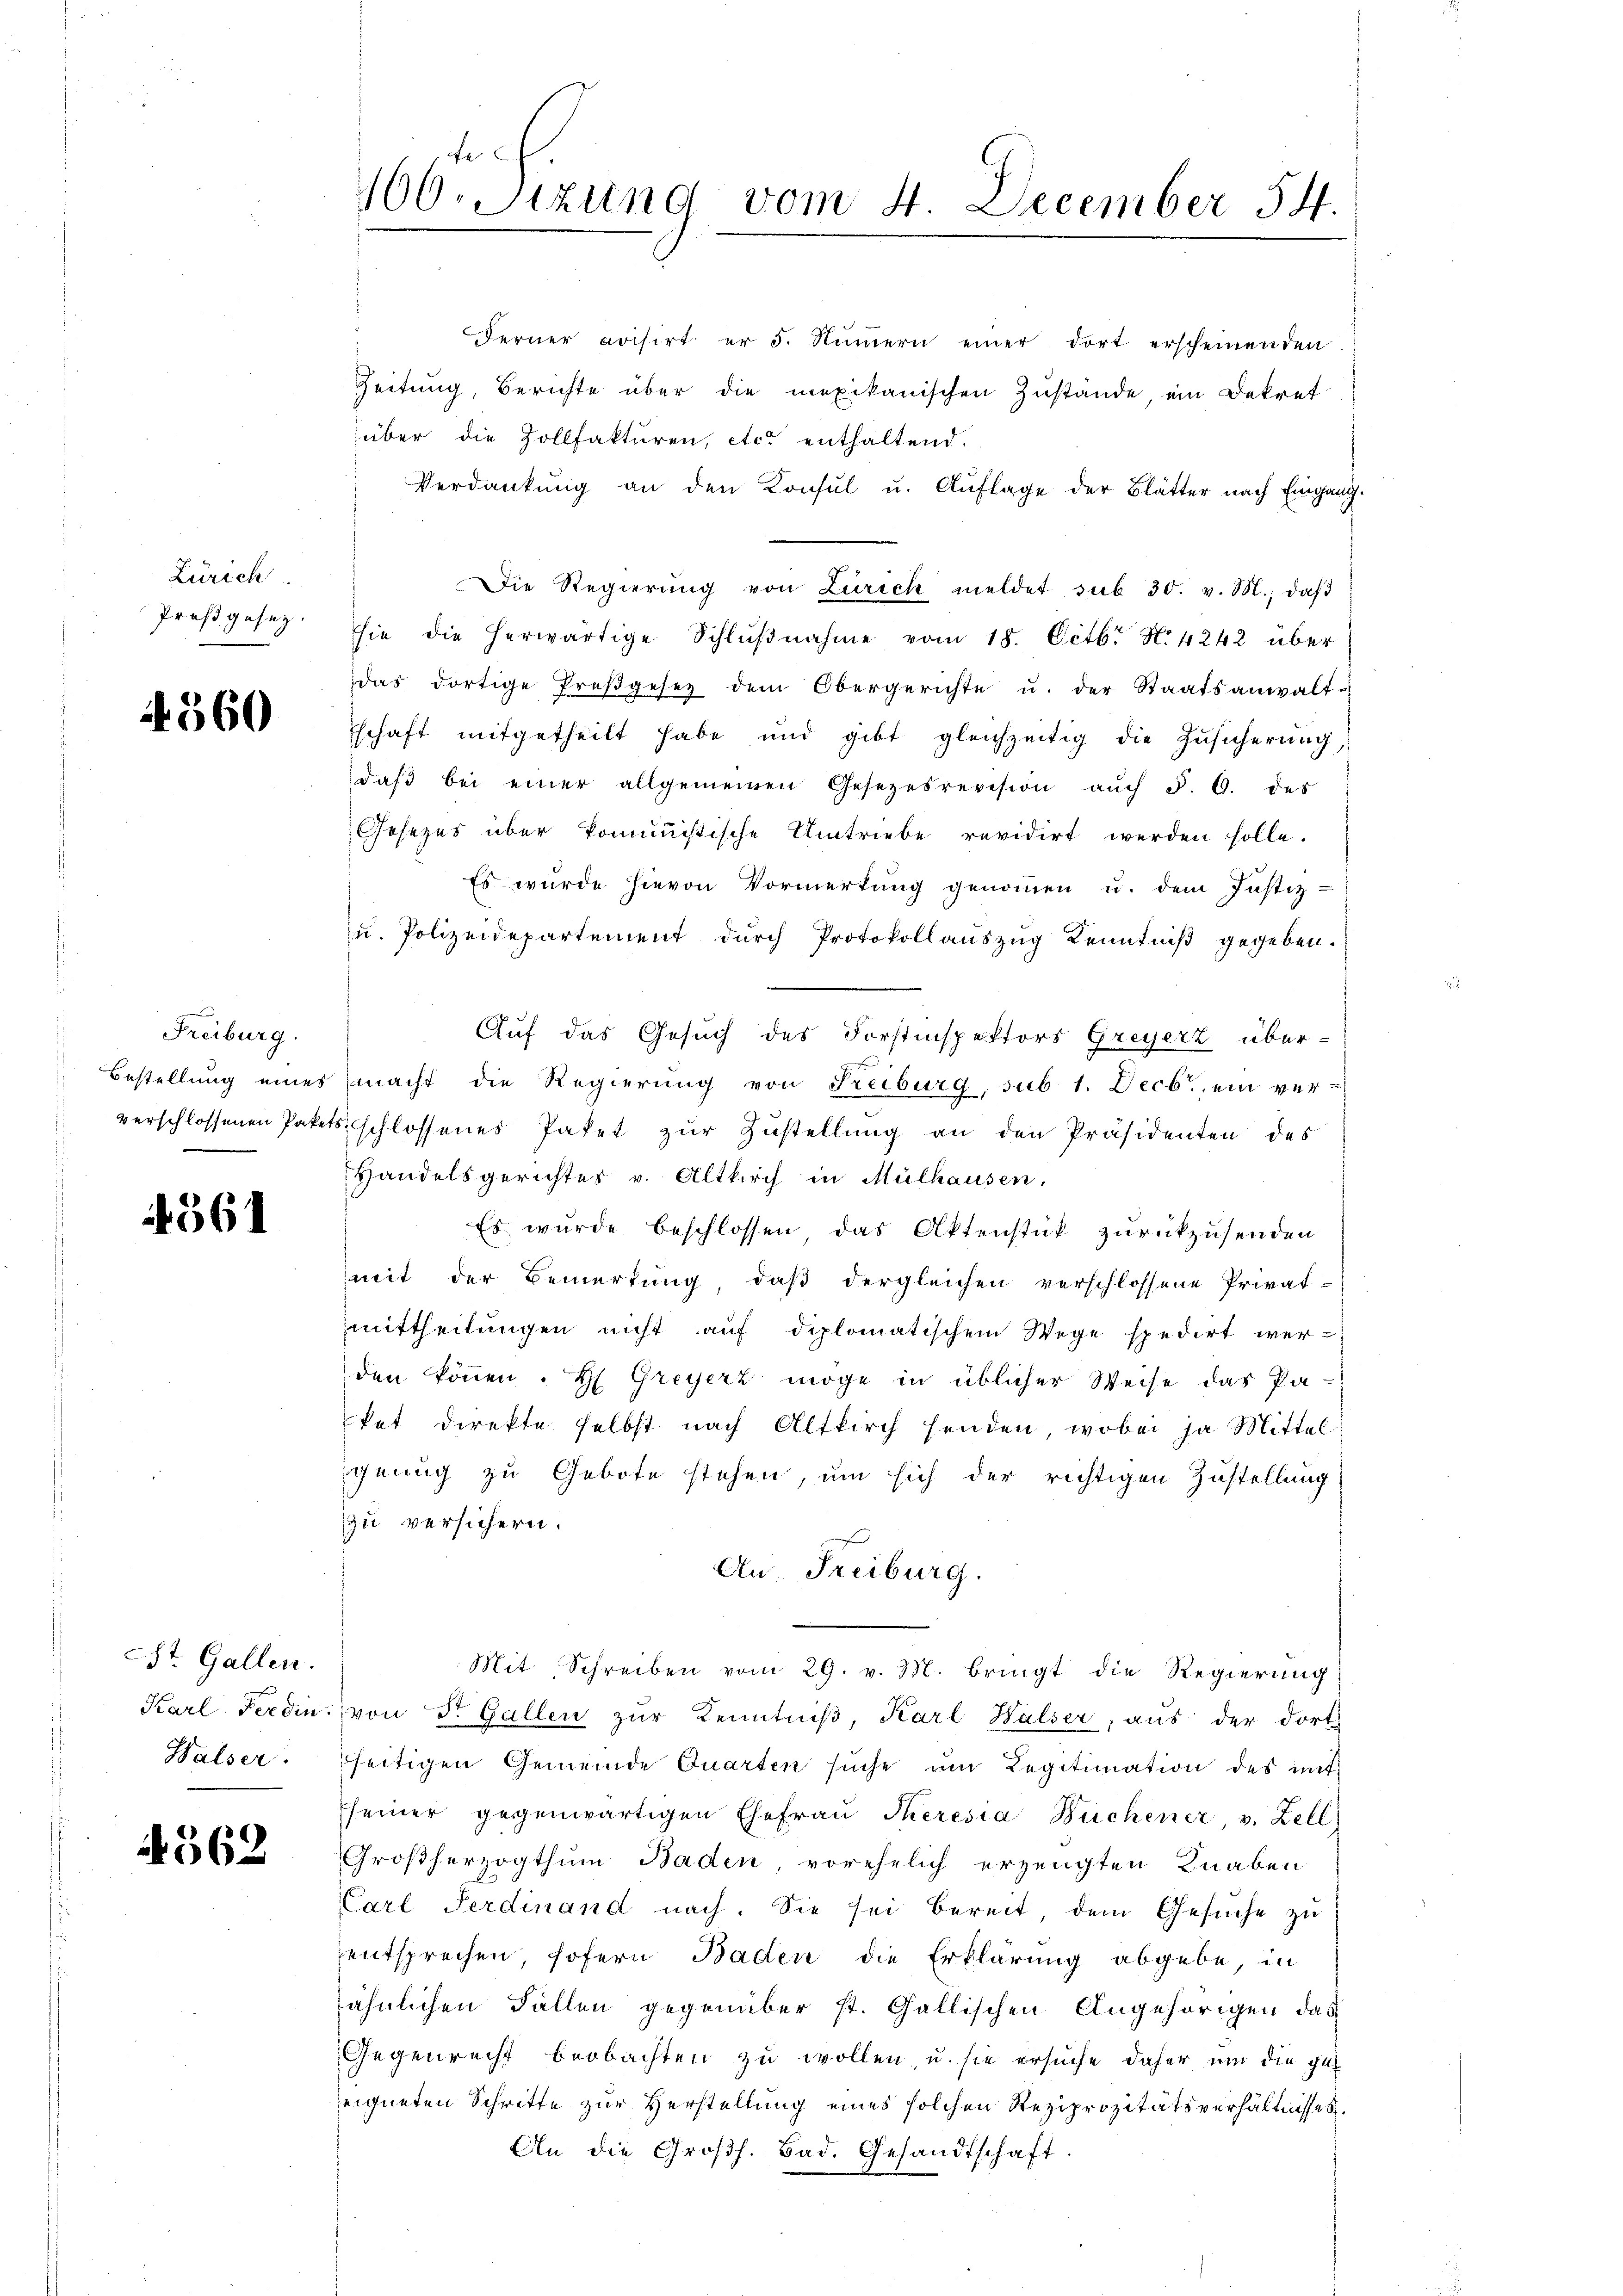
Zürich.
Proß gesez.

4560

Freiburg.

4361

St. Gallen.
Walser

4562

1600. Sizung vom 4. December 54.

Ferner crisirt er 5. Nŭṁern einer dort erscheinenden
Zeitung, Berichte über die mexikanischen Zustände, ein Dekret
über die Zollfakturen, etc. enthaltend.
Verdankŭng an den Konsul u. Aŭflage der Blätter nach Eingang
Die Regierŭng von Zürich meldet sub 30. v. M., daβ
hie die herwärtige Schlŭβnahme vom 18. Octb. N. 4242 über
das dortige Preßgesez dem Obergerichte u. der Staatsanwalt-
schaft mitgetheilt habe und gibt gleichzeitig die Zŭsicherŭng,
daβ bei einer allgemeinen Gesetzesrevision aŭch §. 6. des
Gesetzes über kommisische Umtriebe revidirt werden solle.
Es wurde hievon Vormerkung genommen u. dem Justiz-
zŭ. Polizeidepartement dŭrch Protokollauszug Kenntniβ gegeben.
Auf das Gesuch des Forstinspektors Greyerz über-
Bestellung eines macht die Regierung von Freiburg, sub 1. Decb., ein ververschlossenen Paketsschlossenes Paket zŭr Zŭstellŭng an den Präsidenten des
Handelsgerichtes v. Altkirch in Mülhausen,
Es wurde beschlossen das Aktenstück zurückzusenden
mit der Bemerkung, daß dergleichen verschlossene Privat-
mittheilungen nicht auf diplomatischem Wege spedirt wer-
den können. H. Greyerz möge in üblicher Weise das Pa-
tat direkte selbst nach Altkirch henden, wobei ja Mittel
genug zu Gebote stehen, um sich der richtigen Zustellung
zu versichern.
An Freiburg.
Mit Schreiben vom 29. v. M. bringt die Regierung
Karl Ferdin. von Dr. Gallen zŭr Kenntniβ, Karl Halser, aus der dort
seitigen Gemeinde Quarten sŭche ŭm Legitimation des mit
Eseiner gegenwärtigen Ehefrau Theresia Buchener, v. Zell
Großherzogthum Baden, vorehelich erzeugten Knaben
Carl Ferdinand nach. Sie sei bereit, dem Gesŭche zu
entsprechen, sofern Baden die Erklärung abgebe, in
sähnlichen Fällen gegenüber st. Gallischen Angehörigen das
Gegenrecht beobachten zu wollen, u. sie ersuche daher um die gut
eigneten Schritte zur Verstellung eines solchen Reziprozitätsverhältnisses.
An die Großh. Bad. Gesandtschaft.